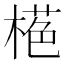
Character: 𱤁